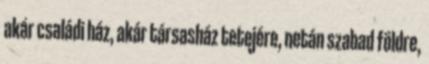
akár családi ház, akár társasház tetejére, netán szabad földre,